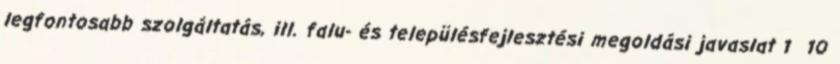
legfontosabb szolgáltatás, ill. falu- és településfejlesztési megoldási javaslat 1 10